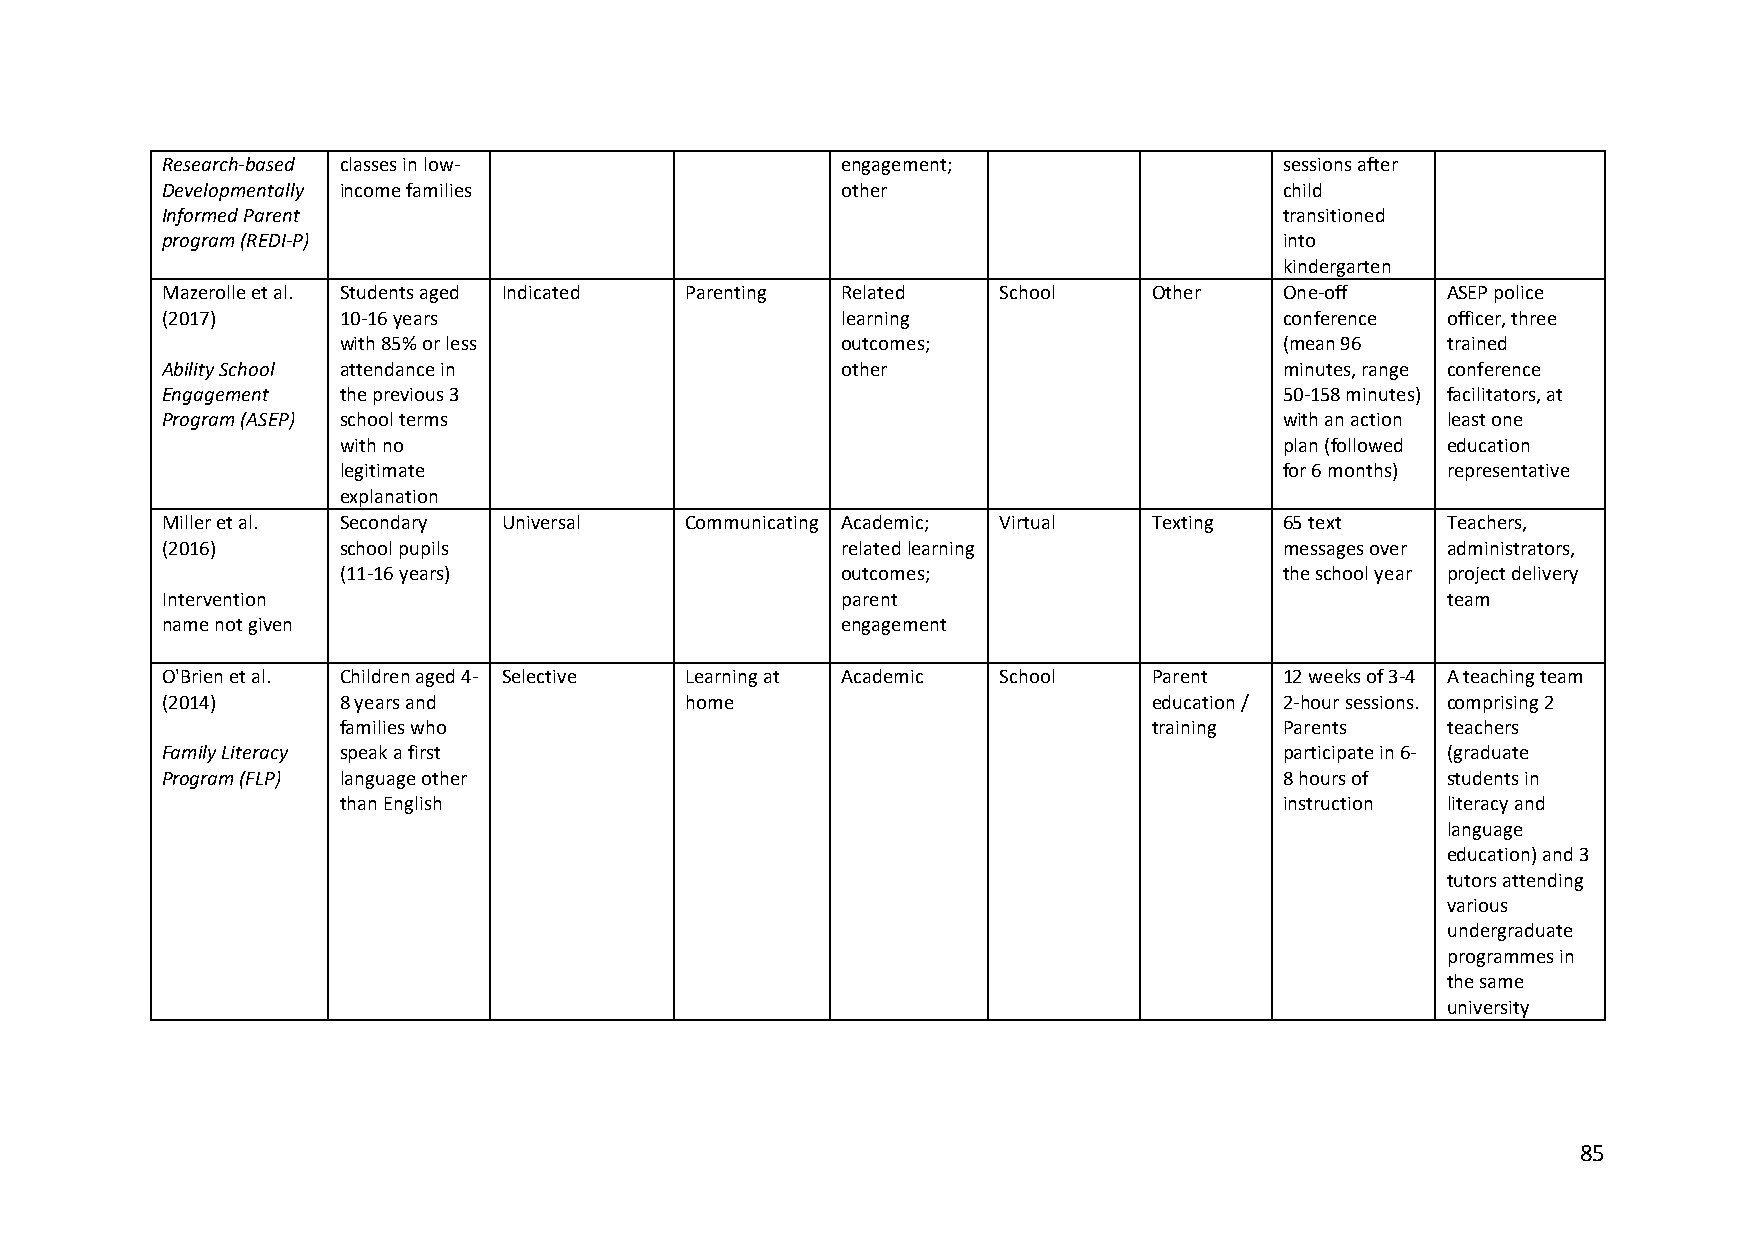
Research-based classes in low-               engagement;                  sessions after
 Developmentally income families              other                        child
 Informed Parent                                                           transitioned
 program (REDI-P)                                                          into
 kindergarten
 Mazerolle et al. Students aged Indicated Parenting Related School Other   One-off    ASEP police
 (2017)     10-16 years                       learning                     conference officer, three
 with 85% or less                  outcomes;                    (mean 96   trained
 Ability School attendance in                 other                        minutes, range conference
 Engagement the previous 3                                                 50-158 minutes) facilitators, at
 Program (ASEP) school terms                                               with an action least one
 with no                                                        plan (followed education
 legitimate                                                     for 6 months) representative
 explanation
 Miller et al. Secondary Universal Communicating Academic; Virtual Texting 65 text    Teachers,
 (2016)     school pupils                     related learning             messages over administrators,
 (11-16 years)                     outcomes;                    the school year project delivery
 Intervention                                 parent                                  team
 name not given                               engagement
 O'Brien et al. Children aged 4- Selective Learning at Academic School Parent 12 weeks of 3-4 A teaching team
 (2014)     8 years and            home                           education / 2-hour sessions. comprising 2
 families who                                          training Parents    teachers
 Family Literacy speak a first                                             participate in 6- (graduate
 Program (FLP) language other                                              8 hours of students in
 than English                                                   instruction literacy and
 language
 education) and 3
 tutors attending
 various
 undergraduate
 programmes in
 the same
 university
 85